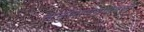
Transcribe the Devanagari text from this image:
अनुसरण्‍याऐवजी